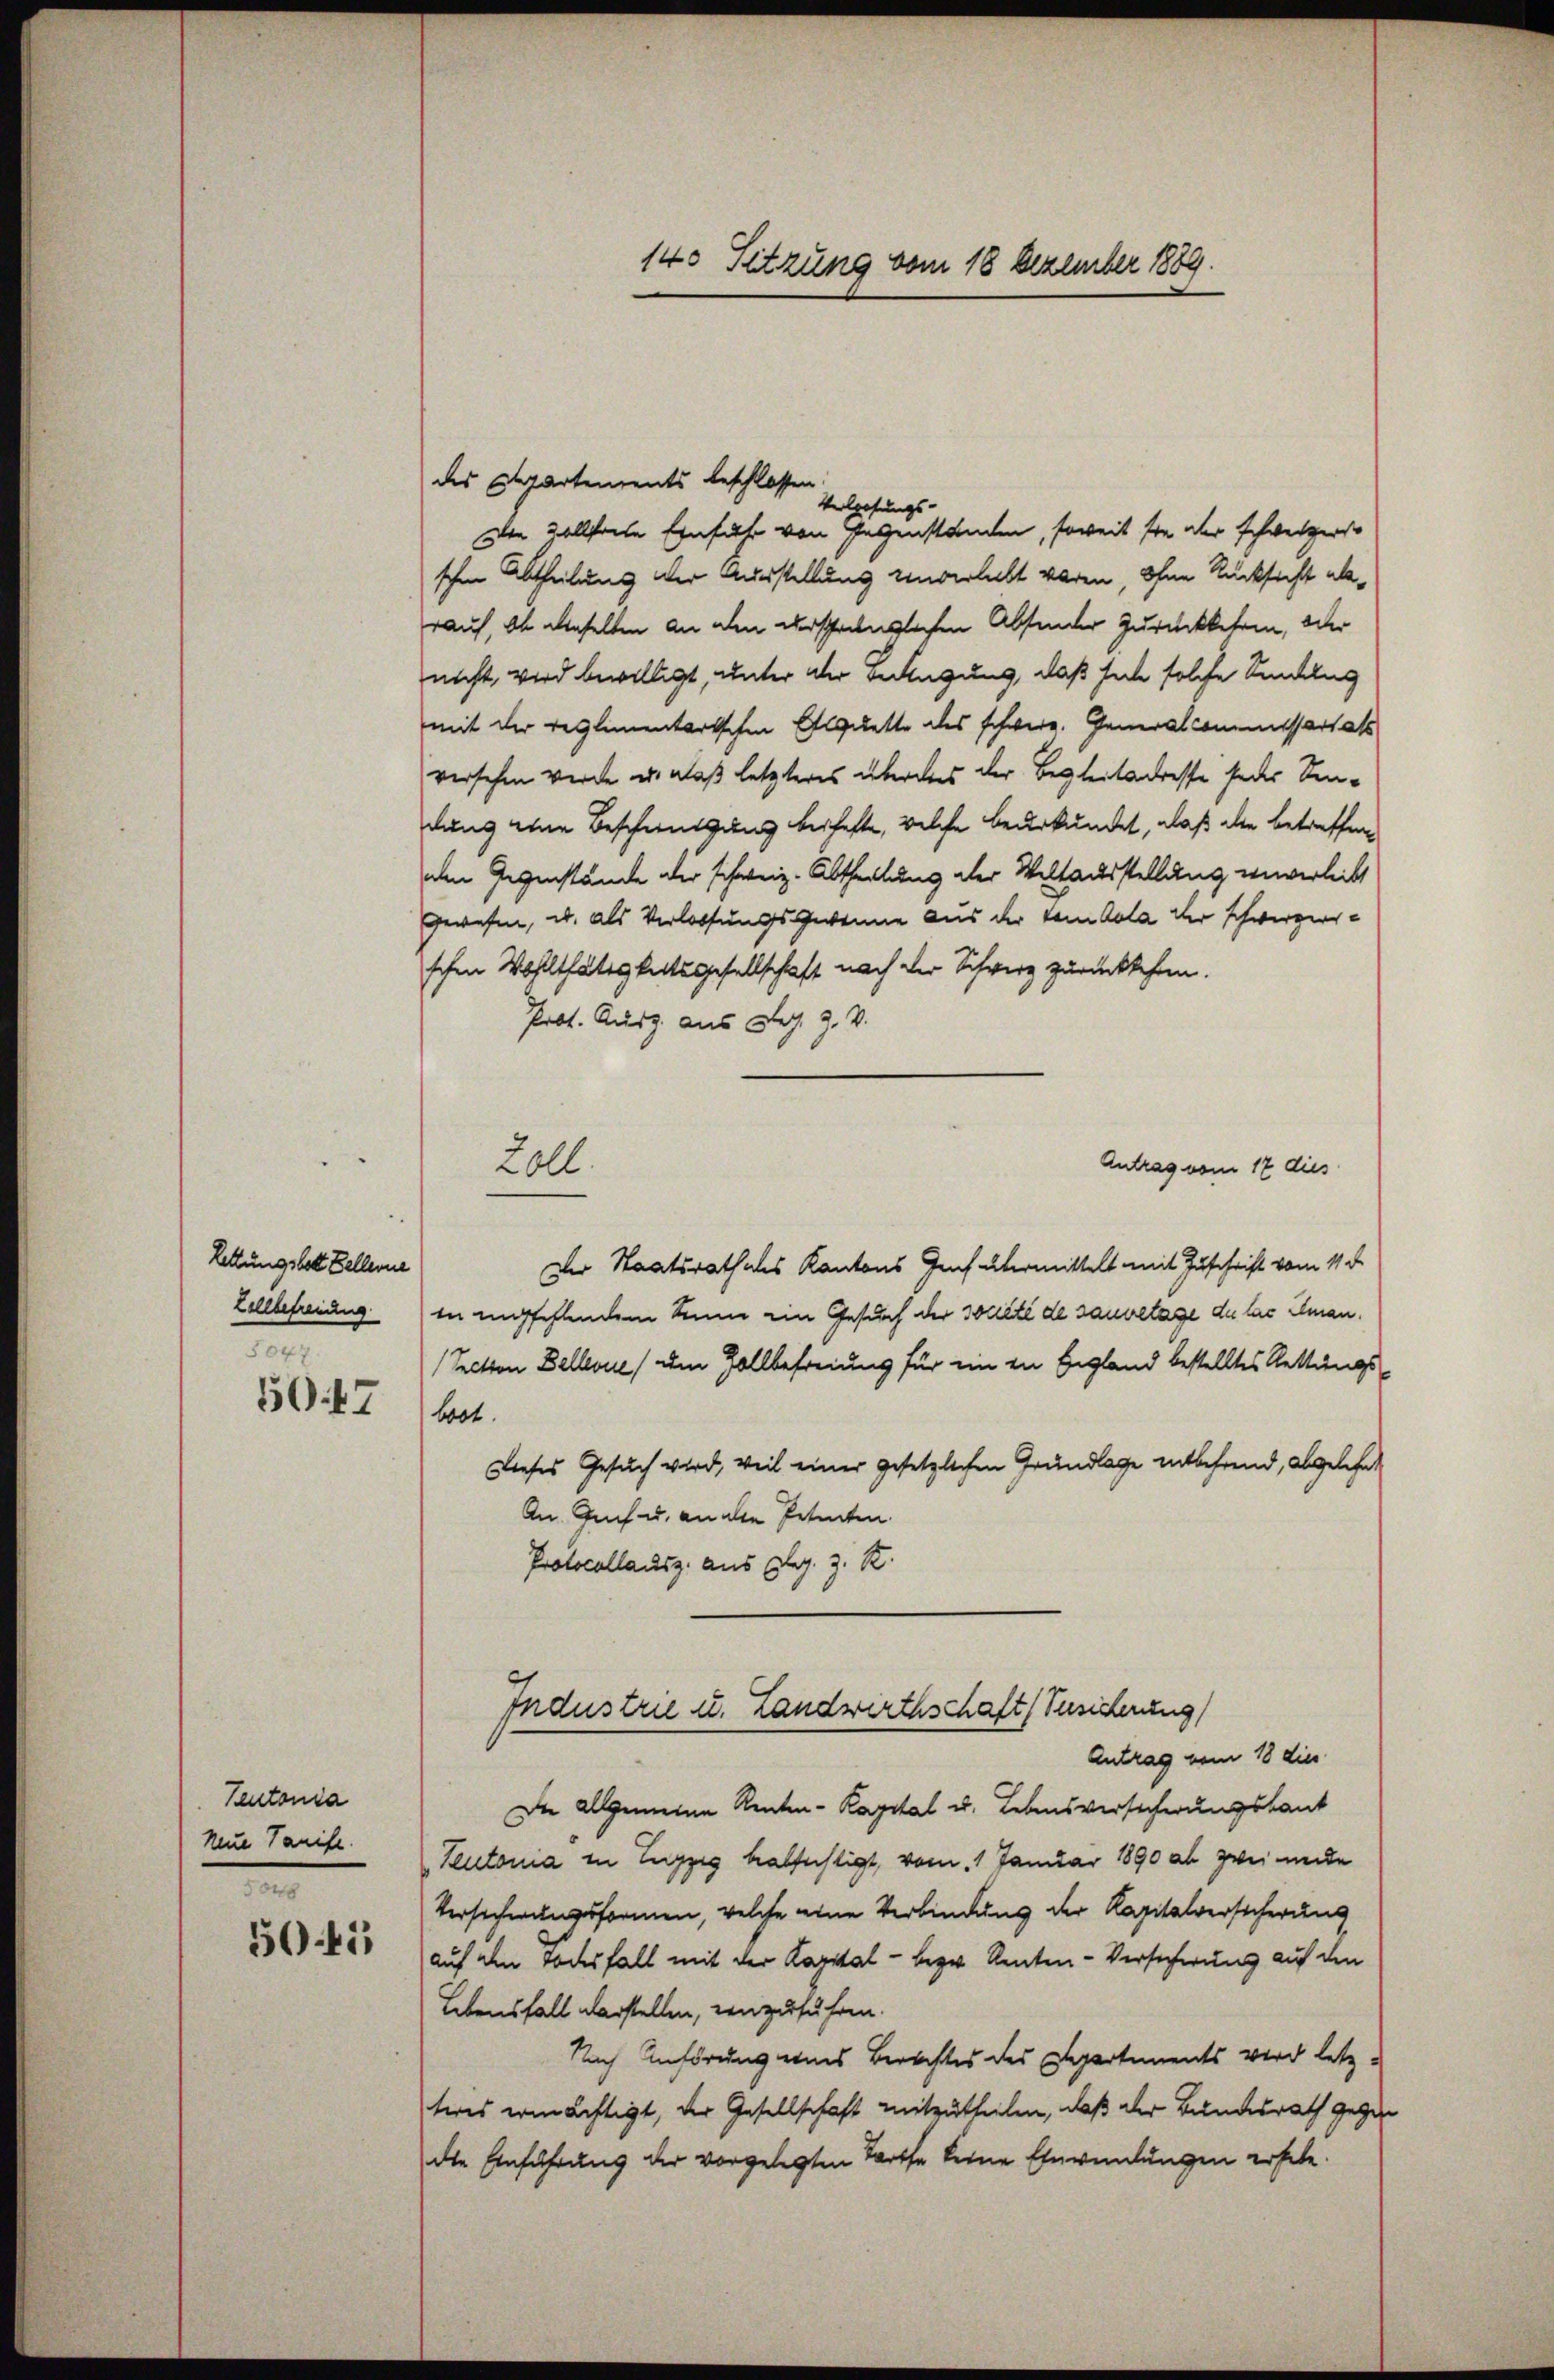
Rettungsbett Zellerne
Lellbefreiung
8047
50. 47

Teutonia
neue Tanife.
n

504

Coll.

140 Sitzung vom 18 Dezember 1889.

des Departements beschlossen
Verlesungs- |
Die Zollseele Einfuhr von Gegenständen, soweit sie der schweizer
schen Abtheilung der Ausstellung unverlebt waren, ohne Rücksicht abrauf, ob denselben an den derschringlichen Absonder Zurückkehren, oder
nicht, wird bewilligt, unter der Bedingung, daß siche solche Sandlug
mit der reglementartschen Exequette des schwere. Generalcommissors als
versehen werde u. daß letzteres überdies der Begleiteresse jeder Sendung eine Beschwendung beschafte, welche beurkundet, daß die betreffen
den Gegenstände der schweiz. Abtheillung der Weltausstellung ververleibt
gewesen, u. als Verlassungsgewonne aus der vom Cola der schwergerschen Wohlthätigkeitsgesellschaft nach der Schwerz zurückkehren.
Prot. Ausg. aus Jes. Z. V.
Antrag vom 17 dies
Der Staatsrath als Kantons Geh übermittelt mit Zuschrift vom 11. d.
in empfehlendem Sinne ein Gesuch der société de saubetage die las Aman¬
(Section Bellevue, am Zollbefreiung für ein in Begland bestelltes Rettungs-
brot.
Dieses Gesuch wird, weil einer gesetzlichen Grundlage entbehrend, abgelehnt
An Euch u. an die Petenten
Protocollausz. aus Blas. z. St.
Industrie u. Landwirthschaft (Zusicherung
Antrag vom 18 dies
Die allgemeine Renten-Kapital u. Lebensversicherungskant
Teutonia in Lugzig beabsichtigt, vom 1 Januar 1890 ab zwei unde
Versicherungsformen, welche eine Verbindung der Kapitalversicherung
auf den Todesfall mit der Kapital - bezw. Kenten-Versicherung auf den
Lebensfall darstellen, einzuführen.
Nach Anhörung eines Berechtes des Departements wird letz-
teres ermächtigt, der Gesellschaft mitzutheilen, daß der Bundesrath gegen
die Einführung der vorgelegten Torte keine Einwendungen erhebe.